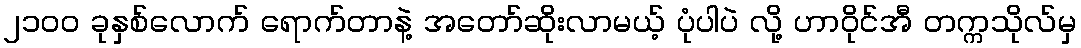
၂၁၀၀ ခုနှစ်လောက် ရောက်တာနဲ့ အတော်ဆိုးလာမယ့် ပုံပါပဲ လို့ ဟာဝိုင်အီ တက္ကသိုလ်မှ